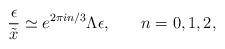
LaTeX: \begin{align*}\frac {\epsilon}{\tilde{x}} \simeq e^{2 \pi i n/3} \Lambda \epsilon, \: \: \: \: \: \: \:\: n=0,1,2,\end{align*}